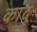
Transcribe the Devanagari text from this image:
कांदू